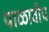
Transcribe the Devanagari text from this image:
पाळावीच